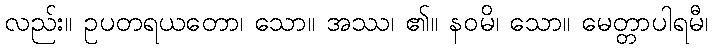
လည်း။ ဥပတရယတော၊ သော။ အဿ၊ ၏။ နဝမိ၊ သော။ မေတ္တာပါရမီ၊